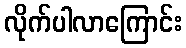
လိုက်ပါလာကြောင်း